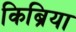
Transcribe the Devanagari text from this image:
किब्रिया